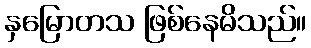
နှမြောတသ ဖြစ်နေမိသည်။